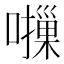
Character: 𫬈